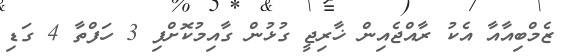
ޒެމްބިއާއާ އެކު ރާއްޖެއިން ޚާރިޖީ ގުޅުން ގާއިމުކޮށްފި 3 ހަފްތާ 4 ގަޑި